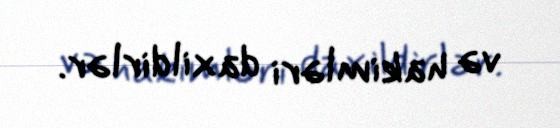
və hakimləri daxildirlər.